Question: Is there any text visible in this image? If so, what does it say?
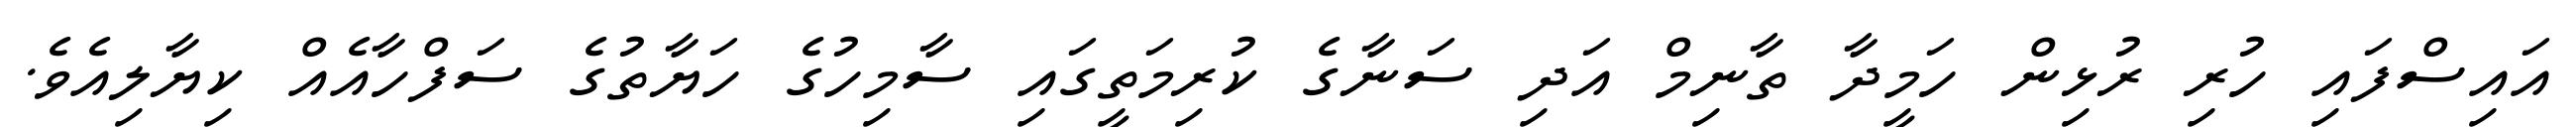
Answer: އައިސްފައި ހުރި ރުޅިން ހަމީދާ ތާނިމް އަދި ސަނާގެ ކުރިމަތީގައި ސާމިހުގެ ހަޔާތުގެ ސަފްހާއެއް ކިޔާލިއެވެ.